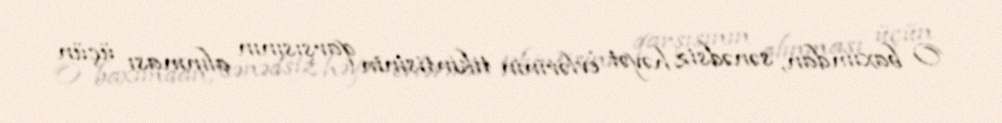
O baxımdan, sənədsiz həyət evlərinin tikintisinin qarşısının alınması üçün